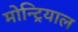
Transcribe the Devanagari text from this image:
मोन्ट्रियाल